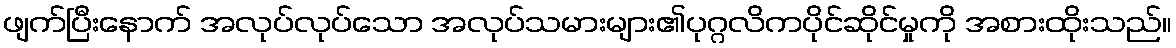
ဖျက်ပြီးနောက် အလုပ်လုပ်သော အလုပ်သမားများ၏ပုဂ္ဂလိကပိုင်ဆိုင်မှုကို အစားထိုးသည်။